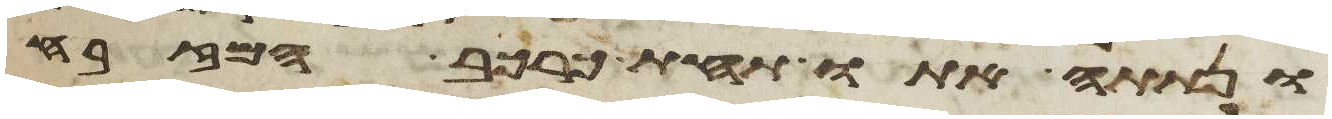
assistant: ונתתה אתו תחת כרכב המזבח